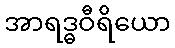
အာရဒ္ဓဝီရိယော